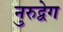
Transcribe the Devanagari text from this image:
नुरुद्वेग